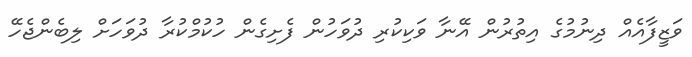
ވަޒީފާއެއް ދިނުމުގެ އިތުރުން އޭނާ ވަކިކުރި ދުވަހުން ފެށިގެން ހުކުމްކުރާ ދުވަހަށް ލިބެންޖެހޭ